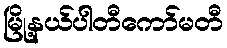
မြို့နယ်ပါတီကော်မတီ